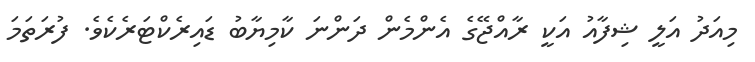
މިއަދު އަލީ ޝިފާއު އަކީ ރާއްޖޭގެ އެންމެން ދަންނަ ކާމިޔާބު ޑައިރެކްޓަރެކެވެ. ފުރަތަމަ